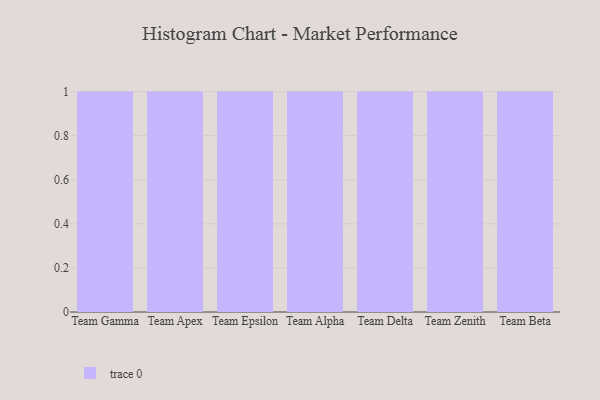
{"axis": {"x": "Team", "y": "Shipments"}, "legend": [""], "data": [{"x": "Team Gamma", "y": 40, "type": ""}, {"x": "Team Apex", "y": 7, "type": ""}, {"x": "Team Epsilon", "y": 95, "type": ""}, {"x": "Team Alpha", "y": 43, "type": ""}, {"x": "Team Delta", "y": 39, "type": ""}, {"x": "Team Zenith", "y": 99, "type": ""}, {"x": "Team Beta", "y": 78, "type": ""}]}